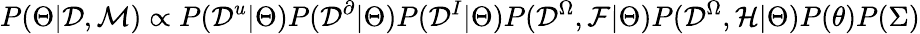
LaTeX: P(\Theta|\mathcal{D},\mathcal{M})\propto P(\mathcal{D}^{u}|\Theta)P(\mathcal{D}^{\partial}|\Theta)P(\mathcal{D}^{I}|\Theta)P(\mathcal{D}^{\Omega},\mathcal{F}|\Theta)P(\mathcal{D}^{\Omega},\mathcal{H}|\Theta)P(\theta)P(\Sigma)